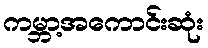
ကမ္ဘာ့အကောင်းဆုံး